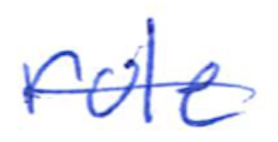
Text: role
Cross-out: single-line
Writing tool: ballpoint